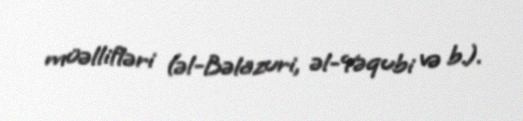
müəllifləri (əl-Bəlazuri, əl-Yəqubi və b.).